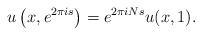
\begin{align*}u\left(x, e^{2\pi is}\right)=e^{2\pi iNs}u(x, 1).\end{align*}